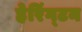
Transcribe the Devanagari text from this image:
हेरिंग्टन